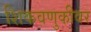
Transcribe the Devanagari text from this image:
शिकवणुकीवर